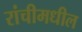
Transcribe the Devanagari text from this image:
रांचीमधील